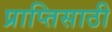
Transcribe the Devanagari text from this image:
प्राप्तिसाठी